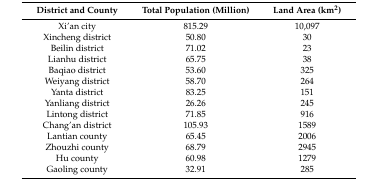
<table><thead><tr><td><b>District and County</b></td><td><b>Total Population (Million)</b></td><td><b>Land Area (km<sup>2</sup>)</b></td></tr></thead><tbody><tr><td>Xi’an city</td><td>815.29</td><td>10,097</td></tr><tr><td>Xincheng district</td><td>50.80</td><td>30</td></tr><tr><td>Beilin district</td><td>71.02</td><td>23</td></tr><tr><td>Lianhu district</td><td>65.75</td><td>38</td></tr><tr><td>Baqiao district</td><td>53.60</td><td>325</td></tr><tr><td>Weiyang district</td><td>58.70</td><td>264</td></tr><tr><td>Yanta district</td><td>83.25</td><td>151</td></tr><tr><td>Yanliang district</td><td>26.26</td><td>245</td></tr><tr><td>Lintong district</td><td>71.85</td><td>916</td></tr><tr><td>Chang’an district</td><td>105.93</td><td>1589</td></tr><tr><td>Lantian county</td><td>65.45</td><td>2006</td></tr><tr><td>Zhouzhi county</td><td>68.79</td><td>2945</td></tr><tr><td>Hu county</td><td>60.98</td><td>1279</td></tr><tr><td>Gaoling county</td><td>32.91</td><td>285</td></tr></tbody></table>